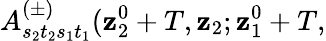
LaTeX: A_{s_{2}t_{2}s_{1}t_{1}}^{(\pm)}(\mathbf{z}_{2}^{0}+T,\mathbf{{\mathbf{z}}}_{2};\mathbf{z}_{1}^{0}+T,